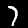
Label: 7